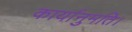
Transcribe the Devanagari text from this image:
कार्यानुमति।